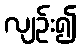
လျဉ်း၍